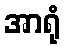
အာရုံ